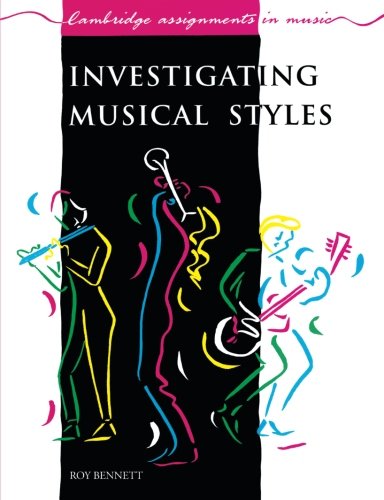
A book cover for Investigating Musical Styles (Cambridge Assignments in Music); Roy Bennett; Teen & Young Adult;